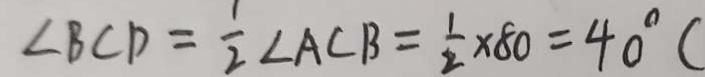
\angle B C D = \frac { 1 } { 2 } \angle A C B = \frac { 1 } { 2 } \times 8 0 = 4 0 ^ { \circ } C